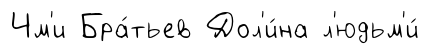
Чм'и Бра́тьев Дол'и́на л'юдьм'и́